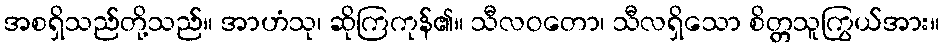
အစရှိသည်တို့သည်။ အာဟံသု၊ ဆိုကြကုန်၏။ သီလဝတော၊ သီလရှိသော စိတ္တသူကြွယ်အား။